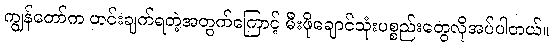
ကျွန်တော်က ဟင်းချက်ရတဲ့အတွက်ကြောင့် မီးဖိုချောင်သုံးပစ္စည်းတွေလိုအပ်ပါတယ်။